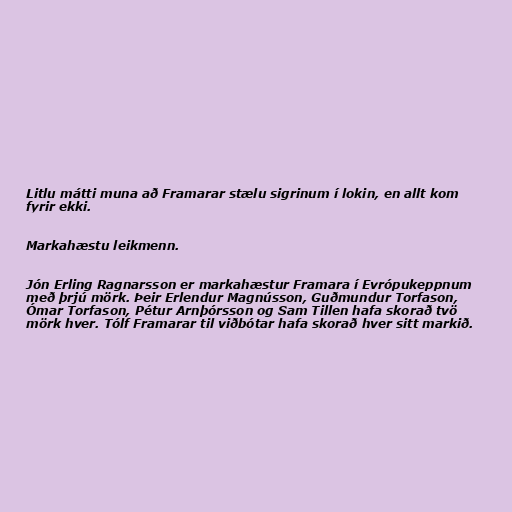
Litlu mátti muna að Framarar stælu sigrinum í lokin, en allt kom
fyrir ekki.

Markahæstu leikmenn.

Jón Erling Ragnarsson er markahæstur Framara í Evrópukeppnum
með þrjú mörk. Þeir Erlendur Magnússon, Guðmundur Torfason,
Ómar Torfason, Pétur Arnþórsson og Sam Tillen hafa skorað tvö
mörk hver. Tólf Framarar til viðbótar hafa skorað hver sitt markið.